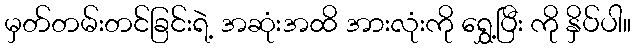
မှတ်တမ်းတင်ခြင်းရဲ့ အဆုံးအထိ အားလုံးကို ရွှေ့ပြီး ကို နှိပ်ပါ။